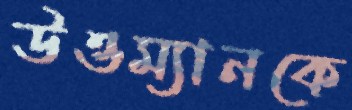
উওম্যানকে